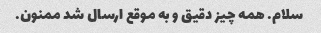
سلام. همه چیز دقیق و به موقع ارسال شد ممنون.